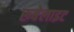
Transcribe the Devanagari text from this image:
रूबेलाइट